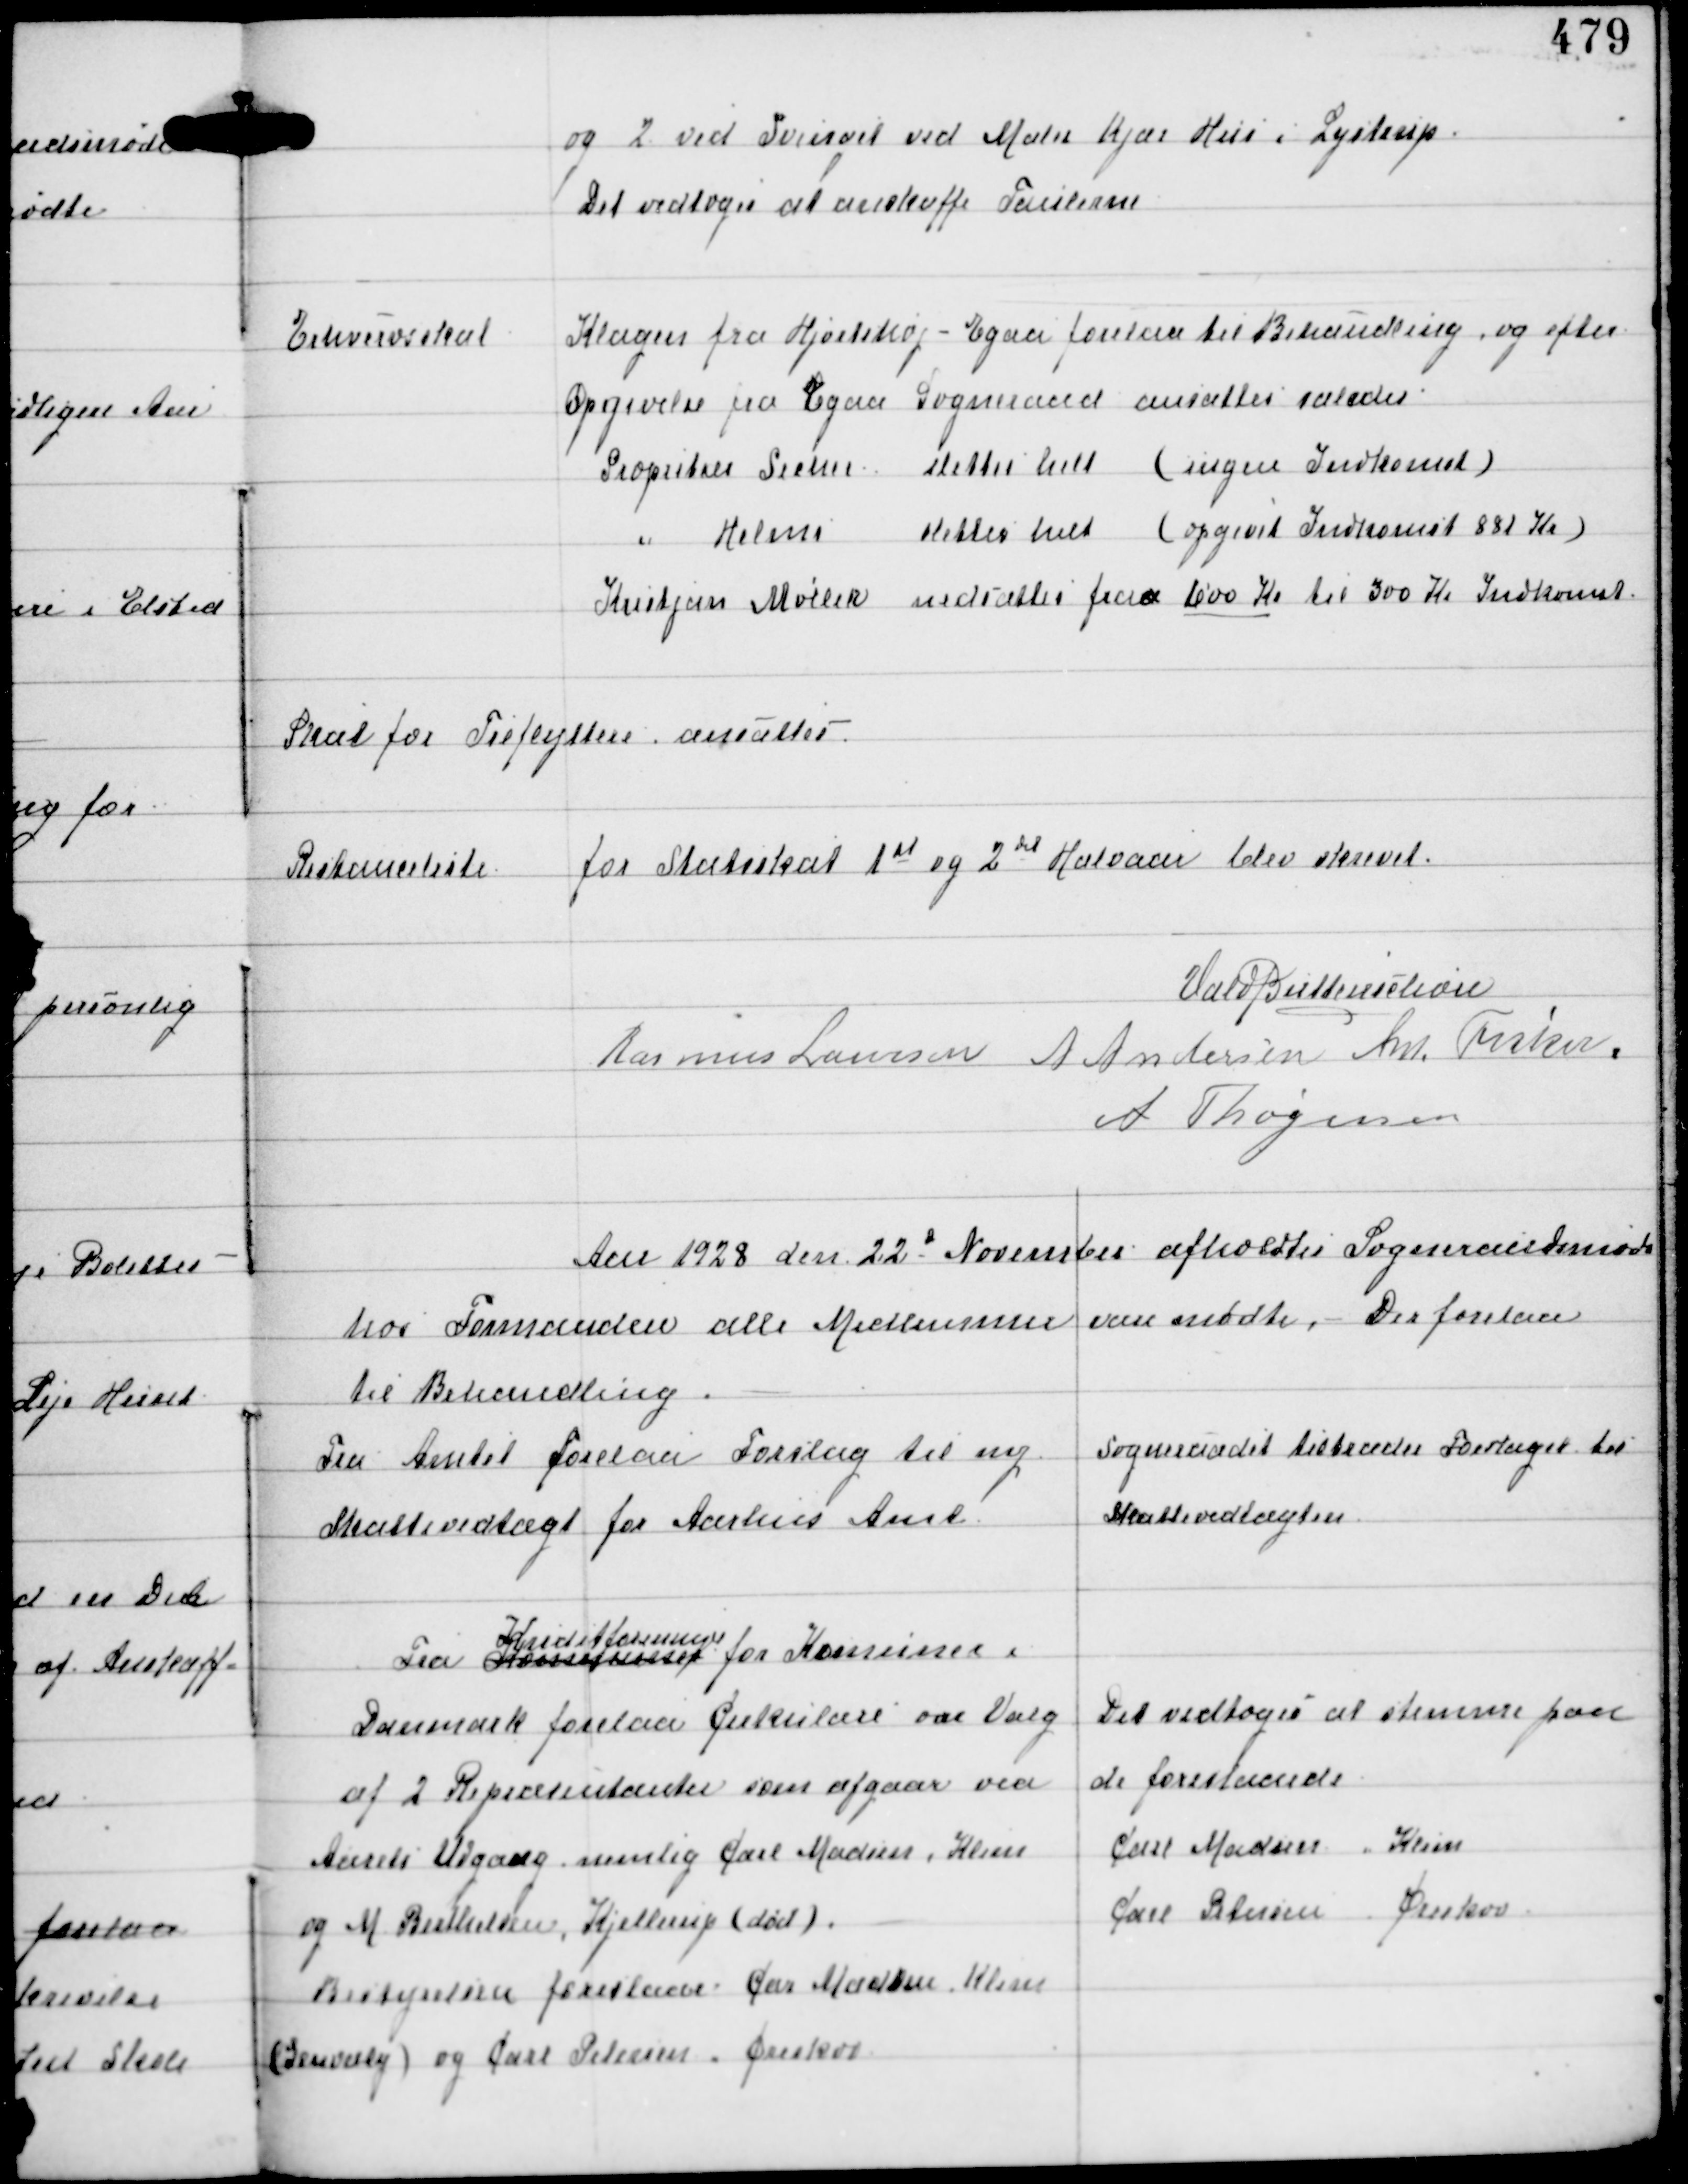
Transskription:
og 2 ved Svinget ved Maler Kjær Hus i Lystrup.
Det vedtoges at anskaffe Taulerne

Erhvervsskat

Klagen fra Hjortshøj - Egaa forelaa til Behandling og efter
Opgivelse fra Egaa Sogneraad ansættes saledes:
Propritær Secher slettes helt (ingen Indkomst)
" Helms slettes helt (opgivet Indkomst 881 Kr)
Kristjan Møller nedsættes fraa 1000 Kr til 300 Kr Indkomst

Skat for Tilflyttere ansattes

Restanceliste
for Statsskat 1st og 2det Halvaar blev skrevet.

Vald Buttenschøn
Rasmus Laursen A Andersen Ant Fisker
A Thøgersen

Aar 1928 den 22d November afholdtes Sogneraadsmøde
hos Formanden alle Medlemmer vare mødte. Der forelaa
til Behandling.

Fra Amtet forelaa Forslag til ny
Skattevedtægt for Aarhus Amt

Sogneraadet tiltræder Forslaget til
Skattevedtægten

Fra Kommunernes
Kreditforeningen
for Komuner i
Danmark forelaa Cirkulære over Valg
af 2 Repræsentanter som afgaar ved
Aarets Udgang nemlig Carl Madsen, Klim
og M Berthelsen, Kjellerup (død)
Bestyrelsen foreslaar Car Madsen, Klim
(Genvalg) og Carl Petersen, Ørskov

Det vedtoges at stemme paa
de foreslaaede
Carl Madsen, Klim
Carl Petersen, Ørskov